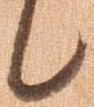
候